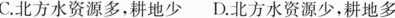
C.北方水资源少，耕地少 D.北方水资源少，耕地多